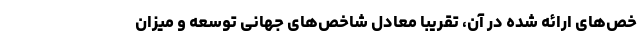
خص‌های ارائه شده در آن، تقریبا معادل شاخص‌های جهانی توسعه و میزان